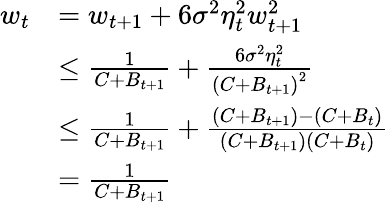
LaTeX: \begin{array}{rl}{w_{t}}&{=w_{t+1}+6\sigma^{2}\eta_{t}^{2}w_{t+1}^{2}}\\ &{\leq\frac{1}{C+B_{t+1}}+\frac{6\sigma^{2}\eta_{t}^{2}}{\left(C+B_{t+1}\right)^{2}}}\\ &{\le\frac{1}{C+B_{t+1}}+\frac{\left(C+B_{t+1}\right)-\left(C+B_{t}\right)}{\left(C+B_{t+1}\right)\left(C+B_{t}\right)}}\\ &{=\frac{1}{C+B_{t+1}}}\end{array}